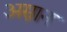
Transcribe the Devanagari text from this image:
अस्नान